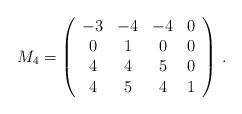
LaTeX: \begin{align*}M_{4}= \left( \begin{array}{cccc}-3 & -4 & -4 & 0 \\ 0 & 1 & 0 & 0 \\ 4 & 4 & 5 & 0 \\ 4 & 5 & 4 & 1 \end{array} \right) \, .\end{align*}